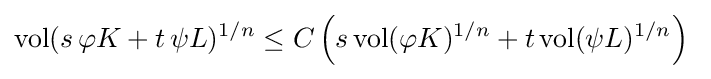
\mathrm {vol} (s\,\varphi K+t\,\psi L)^{1/n}\leq C\left(s\,\mathrm {vol} (\varphi K)^{1/n}+t\,\mathrm {vol} (\psi L)^{1/n}\right)~